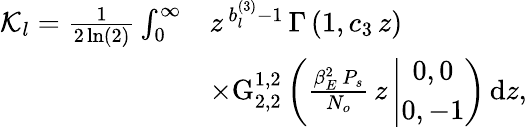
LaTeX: \begin{array}{rl}{\mathcal{K}_{l}=\frac{1}{2\ln(2)}\int_{0}^{\infty}}&{z^{\, b_{l}^{(3)}-1}\, \Gamma\left(1,c_{3}\, z\right)\, }\\ &{\times\mathrm{G}_{2,2}^{1,2}\left(\frac{\beta_{E}^{2}\, P_{s}}{N_{o}}\, z\left|\begin{array}{c}{0,0}\\ {0,-1}\end{array}\right.\right)\, \mathrm{d}z,}\end{array}